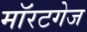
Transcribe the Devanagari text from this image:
मॉरटगेज